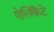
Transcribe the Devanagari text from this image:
ऐलिकैंटे